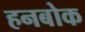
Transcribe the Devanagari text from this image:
हनबोक